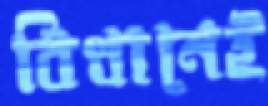
বিধানেই